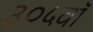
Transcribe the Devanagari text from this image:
३०५वॉ